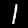
Label: 1